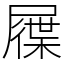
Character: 屧